Document type: Inventory
Year: 1295
Scribe: Pere Marc
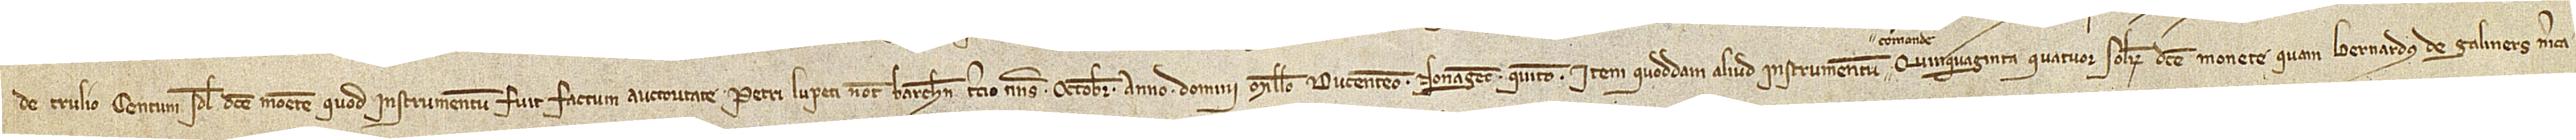
de Trulio centum solidos dicte monete, quod instrumentum fuit factum auctoritate Petri Lupeti, notarii Barchinone, tercio nonas octobris, anno Domini millesimo ducentesimo nonagésimo quinto; item, quoddam aliud instrumentum quinquaginta quatuor solidorum dicte monete quam Bernardus de Galiners, merca-